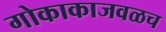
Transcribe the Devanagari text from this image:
गोकाकाजवळच